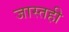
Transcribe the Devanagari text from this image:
जास्तही